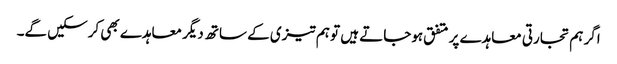
اگر ہم تجارتی معاہدے پر متفق ہوجاتے ہیں تو ہم تیزی کے ساتھ دیگر معاہدے بھی کرسکیں گے۔